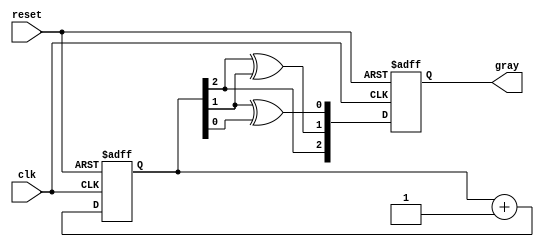
module gray_code_async_counter (
    input wire clk,          // Clock input
    input wire reset,        // Asynchronous reset
    output reg [2:0] gray    // 3-bit Gray code output
);

// Internal binary representation
reg [2:0] binary;

// Gray code conversion function
function [2:0] binary_to_gray;
    input [2:0] bin;
    begin
        binary_to_gray = {bin[2], bin[2] ^ bin[1], bin[1] ^ bin[0]};
    end
endfunction

// Asynchronous reset and counting logic
always @(posedge clk or posedge reset) begin
    if (reset) begin
        // Reset to 000 in Gray code
        gray <= 3'b000;
        binary <= 3'b000;
    end else begin
        // Increment binary counter
        binary <= binary + 1;
        // Convert binary to Gray code
        gray <= binary_to_gray(binary);
    end
end

endmodule